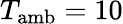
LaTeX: T_{\mathrm{amb}}=10